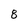
Character: 8